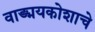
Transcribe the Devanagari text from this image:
वाङ्मयकोशाचे